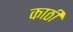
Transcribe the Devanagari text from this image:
काठीं